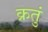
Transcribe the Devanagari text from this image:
क्रतुं